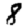
Digit: 8